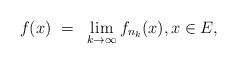
LaTeX: \begin{align*}f(x) ~=~\lim_{k\to\infty} f_{n_k}(x), x\in E, \end{align*}